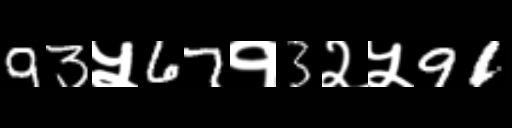
Text: 93५67१3२५91